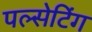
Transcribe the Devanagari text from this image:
पल्सेटिंग